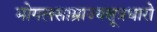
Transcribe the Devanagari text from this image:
मोगलसाम्राज्यसूत्रधारो